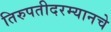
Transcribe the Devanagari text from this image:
तिरुपतीदरम्यानचे